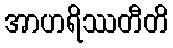
အာဟရိဿတီတိ